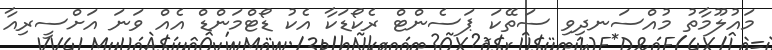
މައުލޫމާތު މުއްސަނދިވި ސަތޭކަ ޕަސެންޓް ރެކޯޑަކާ އެކު ޑޯޓްމަންޑް އެއް ވަނަ އަށްސީރިއާ